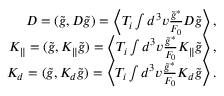
\begin{array} { r } { D = ( \tilde { g } , { \cal D } \tilde { g } ) = \left\langle T _ { i } \int d ^ { 3 } v \frac { \tilde { g } ^ { * } } { F _ { 0 } } { \cal D } \tilde { g } \right\rangle , } \\ { K _ { \| } = ( \tilde { g } , { \cal K } _ { \| } \tilde { g } ) = \left\langle T _ { i } \int d ^ { 3 } v \frac { \tilde { g } ^ { * } } { F _ { 0 } } { \cal K } _ { \| } \tilde { g } \right\rangle , } \\ { K _ { d } = ( \tilde { g } , { \cal K } _ { d } \tilde { g } ) = \left\langle T _ { i } \int d ^ { 3 } v \frac { \tilde { g } ^ { * } } { F _ { 0 } } { \cal K } _ { d } \tilde { g } \right\rangle . } \end{array}